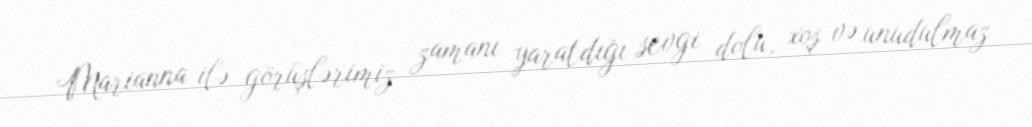
Marianna ilə görüşlərimiz zamanı yaratdığı sevgi dolu, xoş və unudulmaz